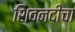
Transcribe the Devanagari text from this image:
शिवनदीचा